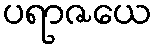
ပရာဇယေ